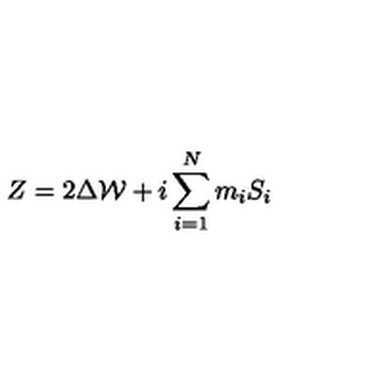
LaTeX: Z = 2 \Delta { \cal W } + i \sum _ { i = 1 } ^ { N } m _ { i } S _ { i }